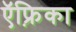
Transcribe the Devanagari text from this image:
ऍफ़्रिका